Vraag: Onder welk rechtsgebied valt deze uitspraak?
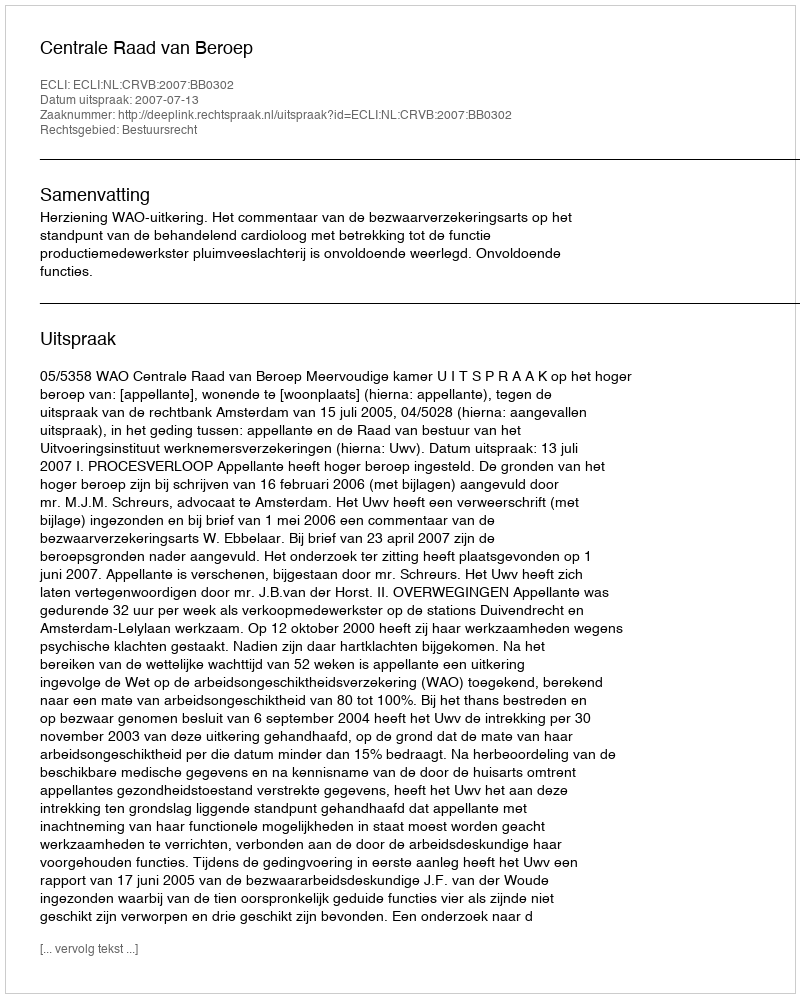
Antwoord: Bestuursrecht